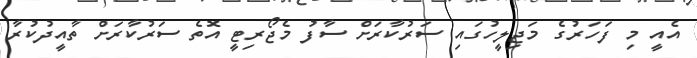
އެއީ މި ފަހަރުގެ މަޖިލީހުގައި ސަރުކާރަށް ސާފު މެޖޯރިޓީ އޮތެ ސަރުކާރަށް ތާއީދުކުރާ